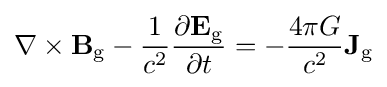
\nabla \times \mathbf {B} _{\text{g}}-{\frac {1}{c^{2}}}{\frac {\partial \mathbf {E} _{\text{g}}}{\partial t}}=-{\frac {4\pi G}{c^{2}}}\mathbf {J} _{\text{g}}